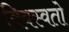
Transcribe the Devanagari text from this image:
विवस्वतो